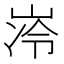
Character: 𪨺